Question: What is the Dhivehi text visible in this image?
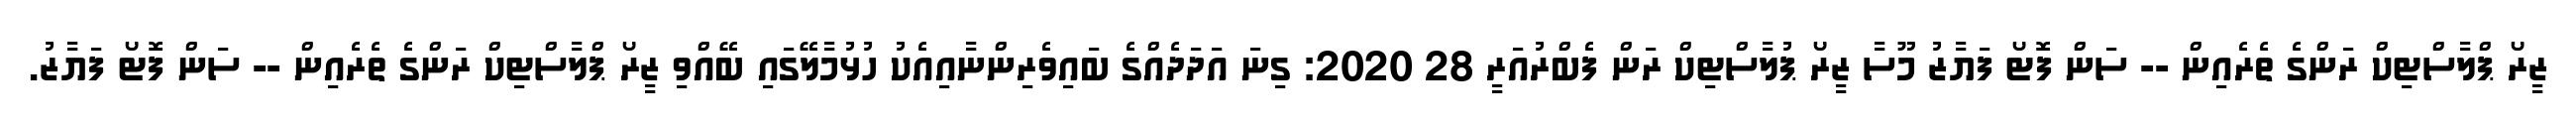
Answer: ޒީރޯ ޕްލާސްޓިކް ރަންގެ ތެރެއިން -- ސަން ފޮޓޯ ފަޔާޒު މޫސާ ޒީރޯ ޕުލާސްޓިކް ރަން ފެބްރުއަރީ 28 2020: ގިނަ އަދަދެއްގެ ބައިވެރިންނާއިއެކު ހުޅުމާލޭގައި ބޭއްވި ޒީރޯ ޕްލާސްޓިކް ރަންގެ ތެރެއިން -- ސަން ފޮޓޯ ފަޔާޒު.